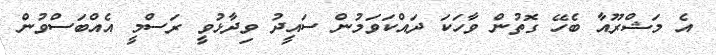
އެ މަޝްރޫއާ ބެހޭ ގޮތުން ވާހަކަ ދައްކަވަމުން ސައީދު ވިދާޅުވީ ރަސްމީ އެއްބަސްވުން